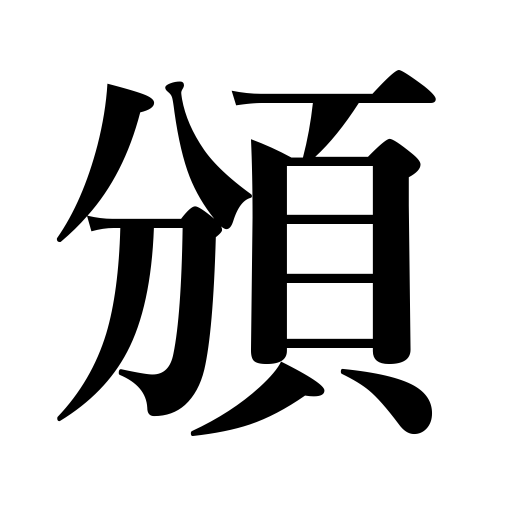
Meanings: separate,distinguish between,share with,divide